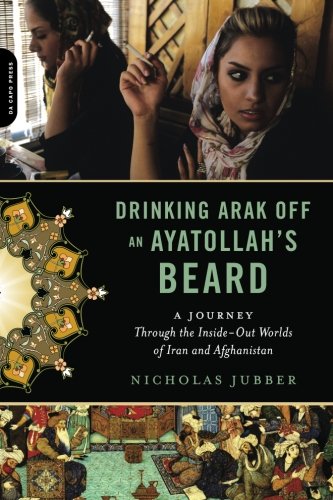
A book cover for Drinking Arak Off an Ayatollah's Beard: A Journey Through the Inside-Out Worlds of Iran and Afghanistan; Nicholas Jubber; Travel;